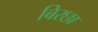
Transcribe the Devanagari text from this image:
बिरछा